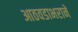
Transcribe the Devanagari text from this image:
आठवडाभराने